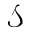
\mathcal { S }